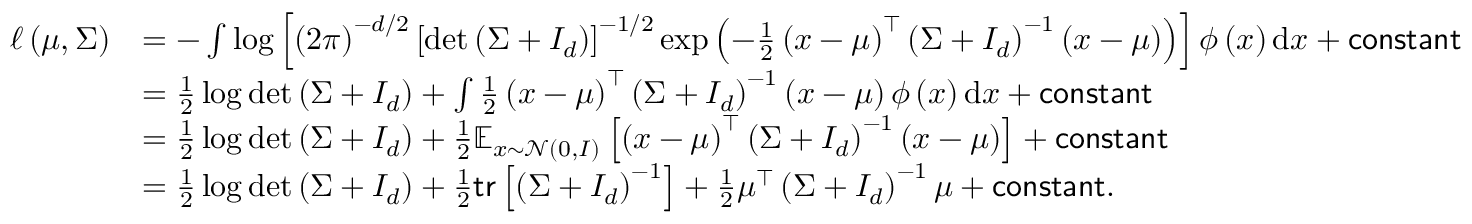
\begin{array} { r l } { \ell \left( \mu , \Sigma \right) } & { = - \int \log \left[ \left( 2 \pi \right) ^ { - d / 2 } \left[ \operatorname* { d e t } \left( \Sigma + I _ { d } \right) \right] ^ { - 1 / 2 } \exp \left( - \frac { 1 } { 2 } \left( x - \mu \right) ^ { \top } \left( \Sigma + I _ { d } \right) ^ { - 1 } \left( x - \mu \right) \right) \right] \phi \left( x \right) \mathrm { d } x + \mathsf { c o n s t a n t } } \\ & { = \frac { 1 } { 2 } \log \operatorname* { d e t } \left( \Sigma + I _ { d } \right) + \int \frac { 1 } { 2 } \left( x - \mu \right) ^ { \top } \left( \Sigma + I _ { d } \right) ^ { - 1 } \left( x - \mu \right) \phi \left( x \right) \mathrm { d } x + \mathsf { c o n s t a n t } } \\ & { = \frac { 1 } { 2 } \log \operatorname* { d e t } \left( \Sigma + I _ { d } \right) + \frac { 1 } { 2 } \mathbb { E } _ { x \sim \mathcal { N } ( 0 , I ) } \left[ \left( x - \mu \right) ^ { \top } \left( \Sigma + I _ { d } \right) ^ { - 1 } \left( x - \mu \right) \right] + \mathsf { c o n s t a n t } } \\ & { = \frac { 1 } { 2 } \log \operatorname* { d e t } \left( \Sigma + I _ { d } \right) + \frac { 1 } { 2 } \mathsf { t r } \left[ \left( \Sigma + I _ { d } \right) ^ { - 1 } \right] + \frac { 1 } { 2 } \mu ^ { \top } \left( \Sigma + I _ { d } \right) ^ { - 1 } \mu + \mathsf { c o n s t a n t } . } \end{array}